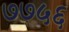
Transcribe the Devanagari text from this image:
७७५६